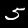
Label: 5